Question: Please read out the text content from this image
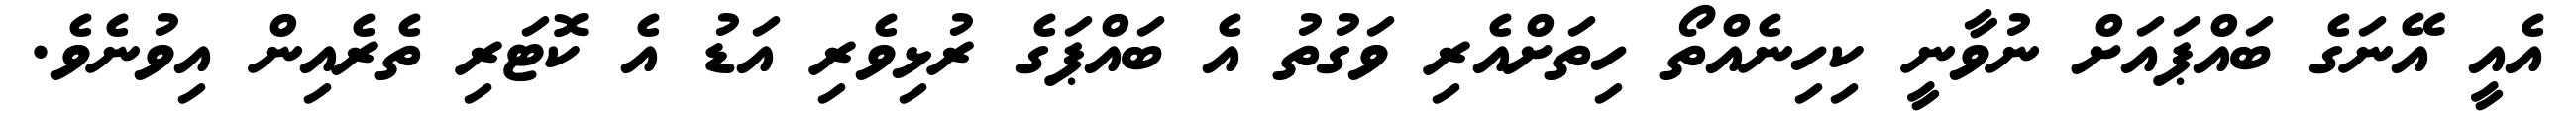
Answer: އެއީ އޭނަގެ ބައްޕައަށް ނުވާނީ ކިހިނެއްތޯ ހިތަށްއެރި ވަގުތު އެ ބައްޕަގެ ރުޅިވެރި އަޑު އެ ކޮޓަރި ތެރެއިން އިވުނެވެ.